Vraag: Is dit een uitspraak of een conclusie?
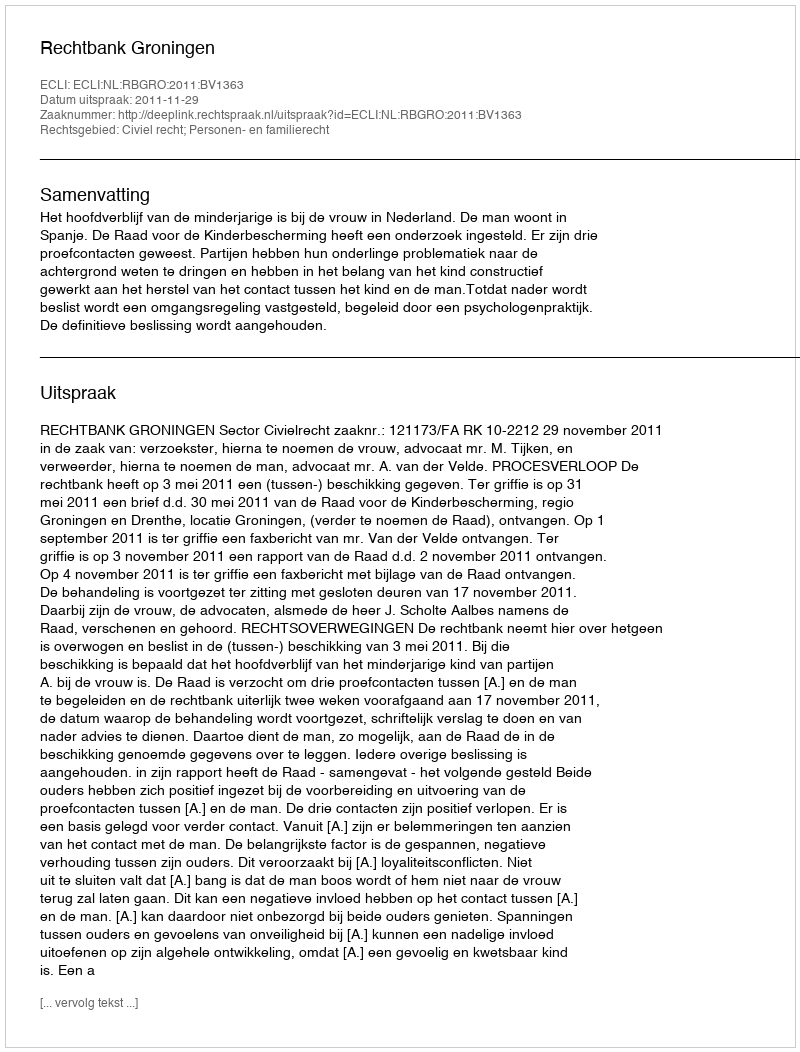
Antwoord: Uitspraak